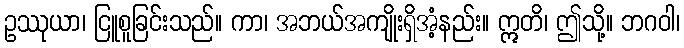
ဥဿုယာ၊ ငြူစူခြင်းသည်။ ကာ၊ အဘယ်အကျိုးရှိအံ့နည်း။ ဣတိ၊ ဤသို့။ ဘဂဝါ၊